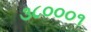
૩૮૦૦૦૧